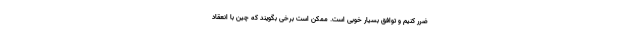
ضرر کنیم و توافق بسیار خوبی است. ممکن است برخی بگویند که چین با انعقاد